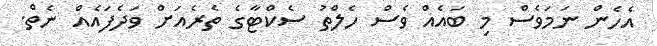
އެހެން ނަމަވެސް މި ބައެއް ވެސް ހެލްތު ސެކްޓާގެ ތެރެއަށް ވަދެފައެއް ނެތް.